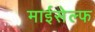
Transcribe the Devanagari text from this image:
माईसेल्फ